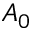
A _ { 0 }